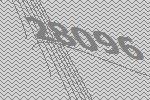
28096